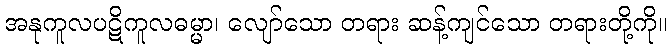
အနုကူလပဋိကူလဓမ္မာ၊ လျော်သော တရား ဆန့်ကျင်သော တရားတို့ကို။